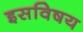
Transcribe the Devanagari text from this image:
इसविषय